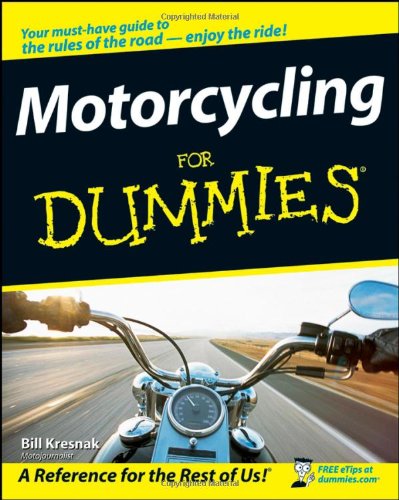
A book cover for Motorcycling For Dummies; Bill Kresnak; Engineering & Transportation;